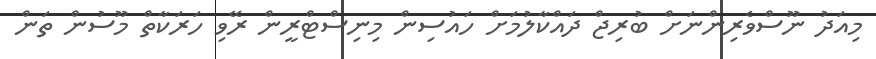
މިއަދު ނޫސްވެރިންނަށް ބުރިޖް ދައްކާލުމަށް ހައުސިން މިނިސްޓްރީން ރޭވި ހަރަކާތް މޫސުން ތަން